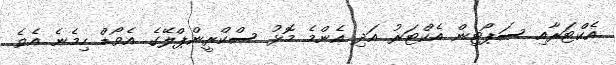
އެކްޓަރާއި ސަޕޯޓިން އެކްޓަރު އަދި އެންމެ މޮޅު ސްކްރީންޕްލޭގެ އެވޯޑް ހިމެނެ އެވެ.